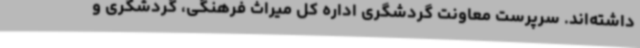
داشته‌اند. سرپرست معاونت گردشگری اداره کل میراث فرهنگی، گردشگری و